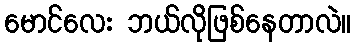
မောင်လေး ဘယ်လိုဖြစ်နေတာလဲ။